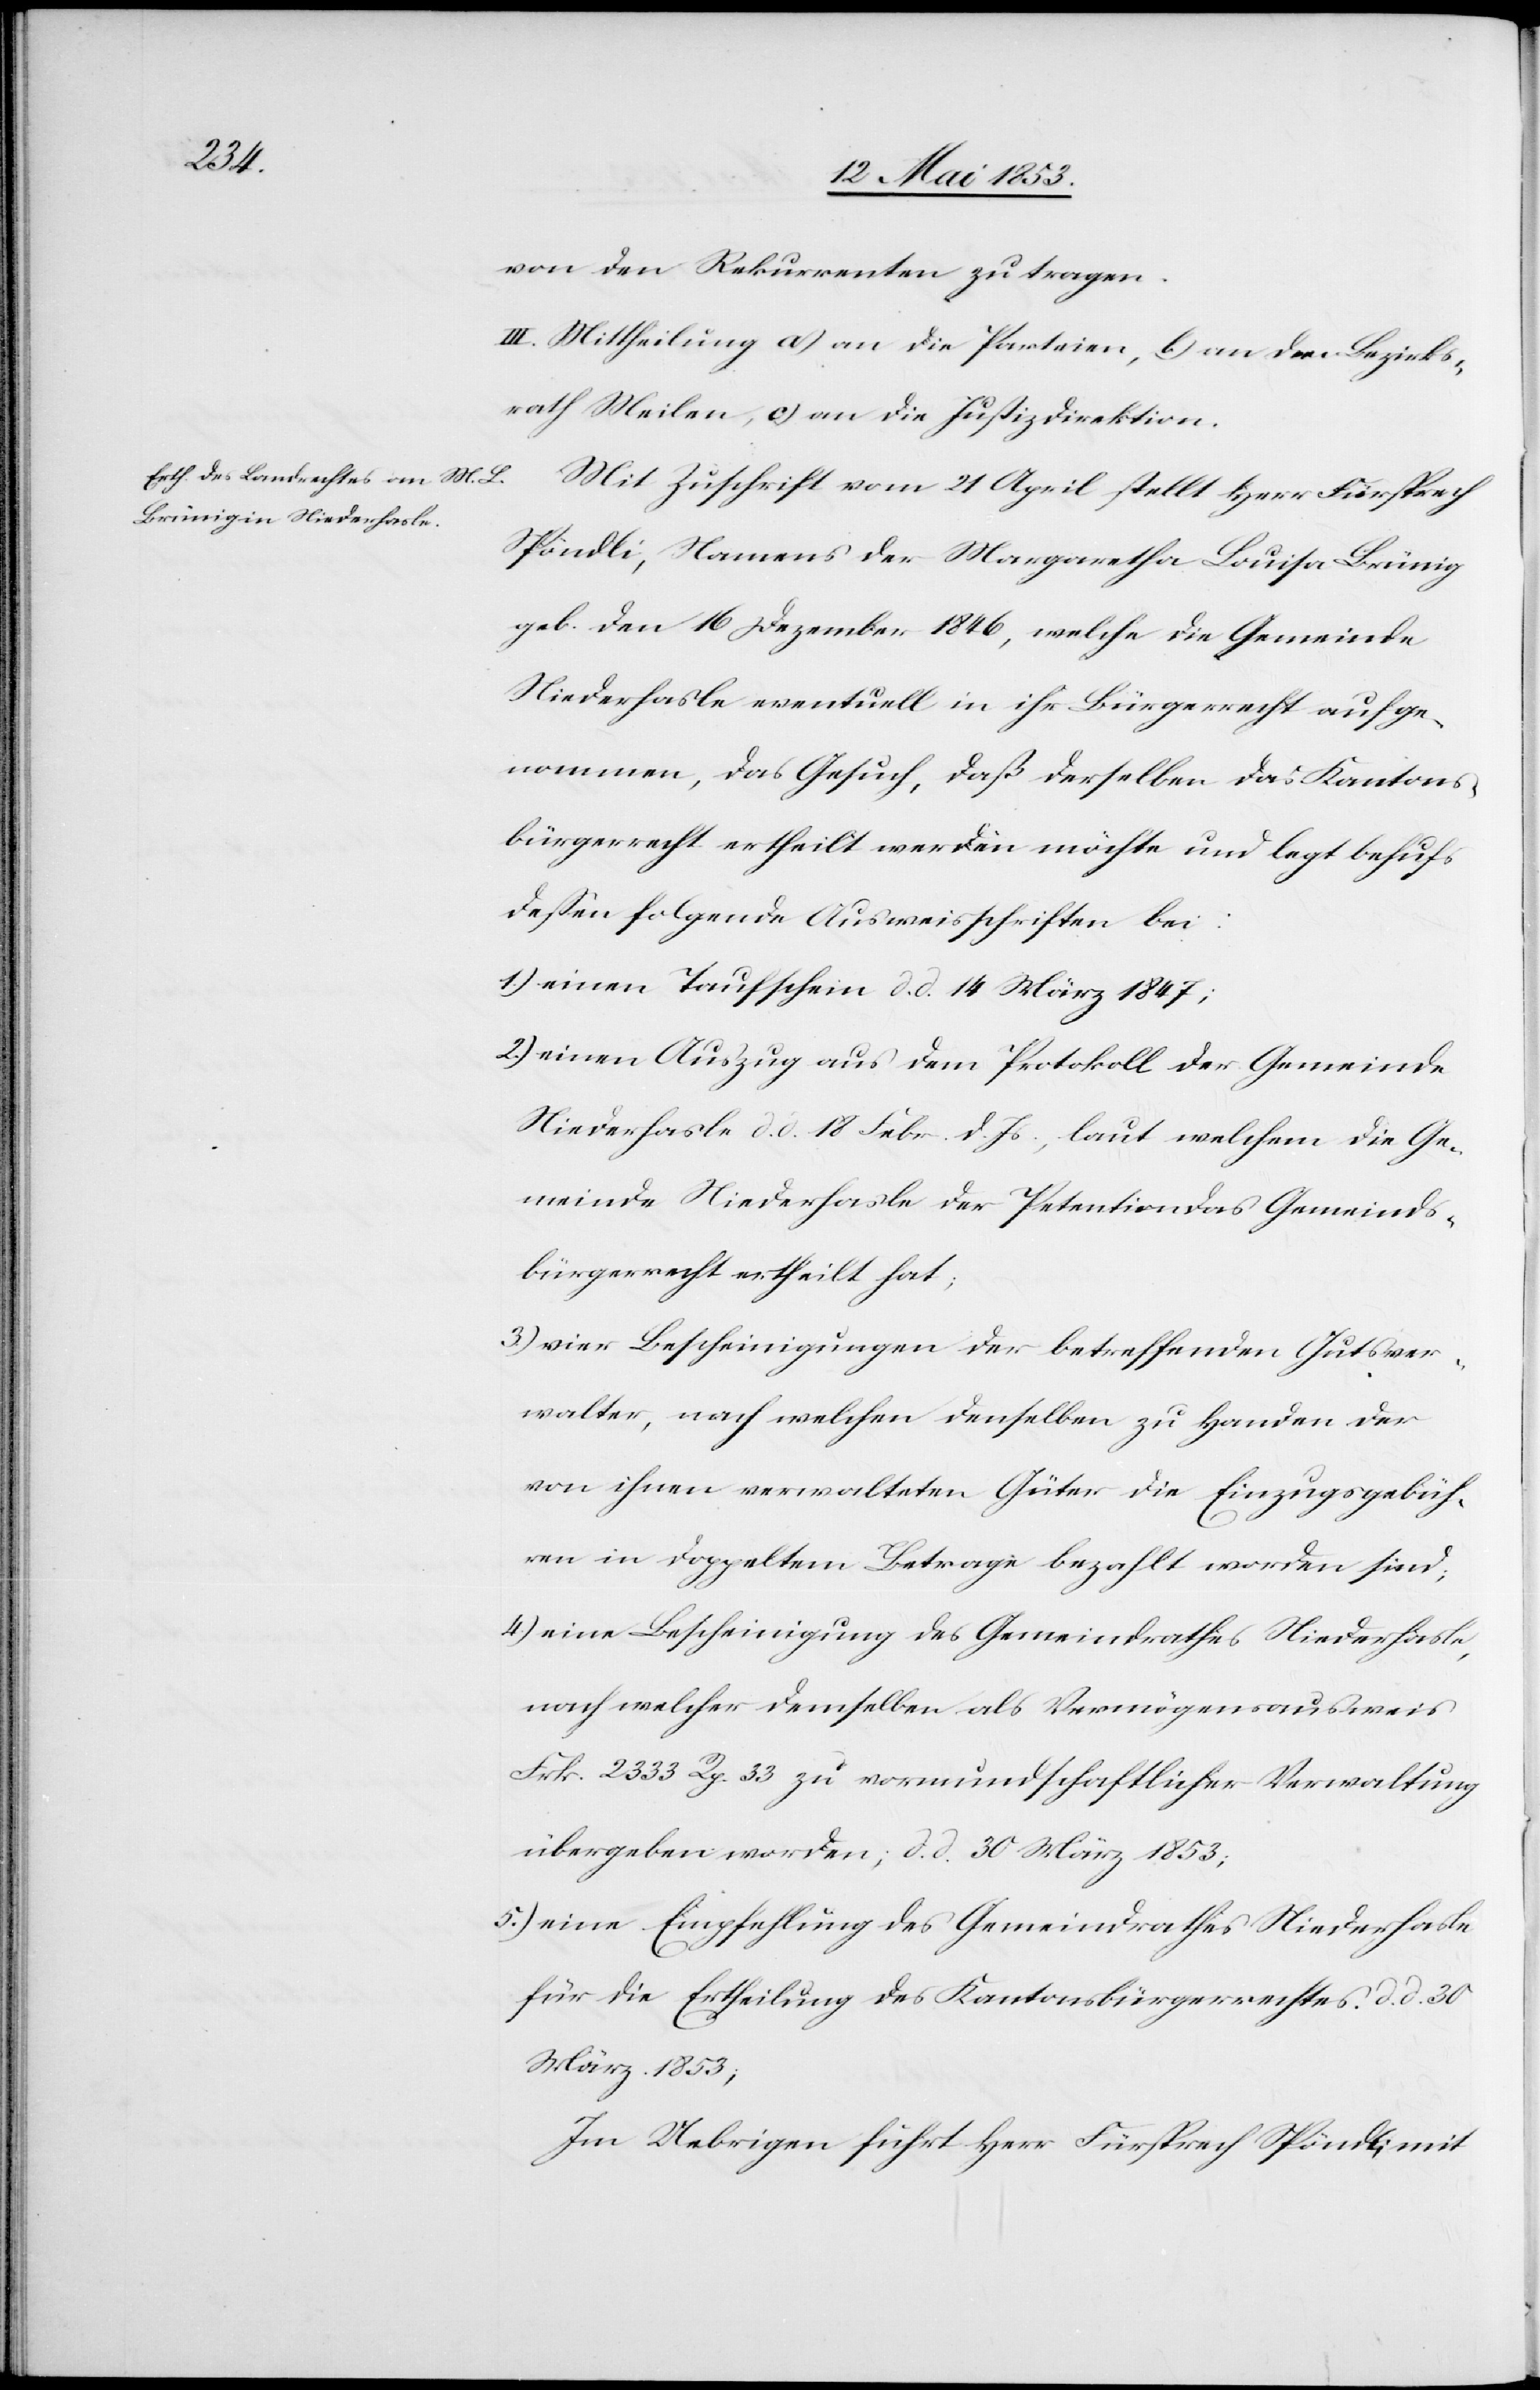
von den Rekurrenten zu tragen.
III. Mittheilung a) an die Parteien, b) an den Bezirks¬
rath Meilen, c) an die Justizdirektion.
Mit Zuschrift vom 21 April stellt Herr Fürsprech
Spöndli, Namens der Margaretha Louisa Brünig
geb. den 16 Dezember 1846, welche die Gemeinde
Niederhasle eventuell in ihr Bürgerrecht aufge¬
nommen, das Gesuch, daß derselbe das Kantons¬
bürgerrecht ertheilt werden möchte und legt behufs
deßen folgende Ausweisschriften bei:
1) einen Taufschein d. d. 14 März 1847;
2) einen Auszug aus dem Protokoll der Gemeinde
Niederhasle d. d. 18 Febr. d. Js., laut welchem die Ge¬
meinde Niederhasle der Petentin das Gemeinds¬
bürgerrecht ertheilt hat;
3) vier Bescheinigungen der betreffenden Gutsver¬
walter, nach welchen denselben zu Handen der
von ihnen verwalteten Güter die Einzugsgebüh¬
ren in doppeltem Betrage bezahlt worden sind;
4) eine Bescheinigung des Gemeindrathes Niederhasle,
nach welcher demselben als Vermögensausweis
Frk. 2333 Rp. 33 zu vormundschaftlicher Verwaltung
übergeben worden, d. d. 30 März 1853;
5) eine Empfehlung des Gemeindrathes Niederhasle
für die Ertheilung des Kantonsbürgerrechtes d. d. 30
März 1853;
Im Uebrigen führt Herr Fürsprech Spöndli mit